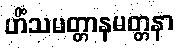
ဟိံသမတ္တာနမတ္တနာ